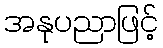
အနုပညာဖြင့်